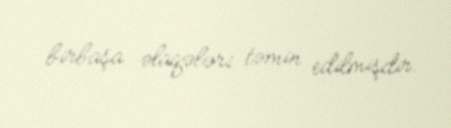
birbaşa əlaqələri təmin edilmişdir.